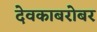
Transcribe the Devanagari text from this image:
देवकाबरोबर